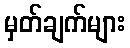
မှတ်ချက်များ